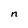
Character: n